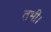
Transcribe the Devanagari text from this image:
तभी।